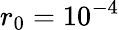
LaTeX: r_{0}=10^{-4}